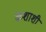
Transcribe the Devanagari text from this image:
कशाशी